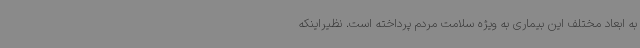
به ابعاد مختلف این بیماری به ویژه سلامت مردم پرداخته است. نظیراینکه